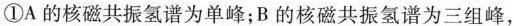
①A的核磁共振氢谱为单峰；B的核磁共振氢谱为三组峰，